Vaccination report Assam 1874-1896 - 1874-1896
Year: 1874
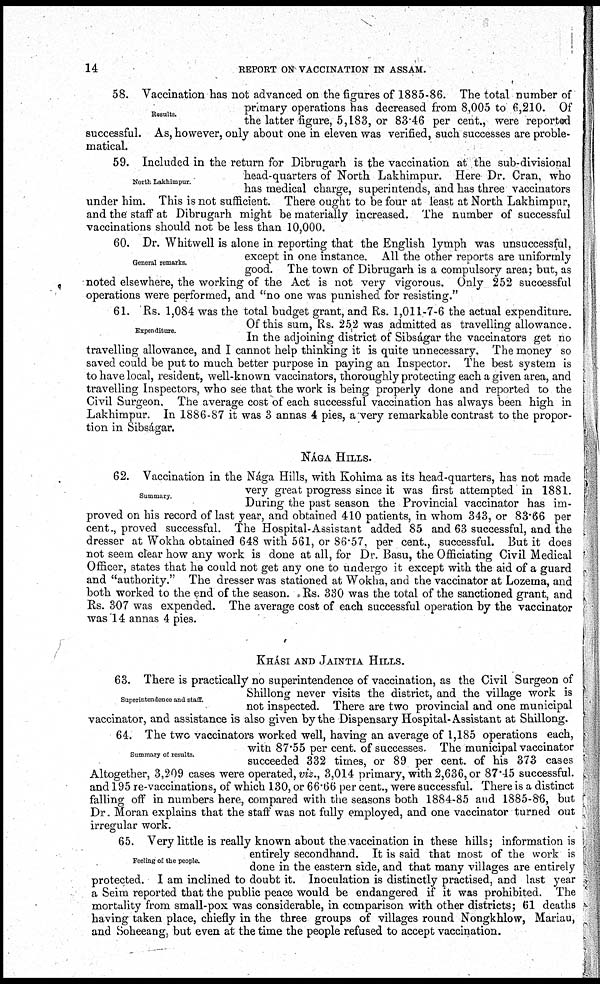
14
REPORT ON VACCINATION IN ASSAM.
Results.
58. Vaccination has not advanced on the figures of 1885-86. The total number of
primary operations has decreased from 8,005 to 6,210. Of
the latter figure, 5,183, or 83.46 per cent., were reported
successful. As, however, only about one in eleven was verified, such successes are proble-
matical.
North Lakhimpur.
59. Included in the return for Dibrugarh is the vaccination at the sub-divisional
head-quarters of North Lakhimpur. Here Dr. Cran, who
has medical charge, superintends, and has three vaccinators
under him. This is not sufficient. There ought to be four at least at North Lakhimpur,
and the staff at Dibrugarh might be materially increased. The number of successful
vaccinations should not be less than 10,000.
General remarks.
60. Dr. Whitwell is alone in reporting that the English lymph was unsuccessful,
except in one instance. All the other reports are uniformly
good. The town of Dibrugarh is a compulsory area; but, as
noted elsewhere, the working of the Act is not very vigorous. Only 252 successful
operations were performed, and "no one was punished for resisting."
Expenditure.
61. Rs. 1,084 was the total budget grant, and Rs. 1,011-7-6 the actual expenditure.
Of this sum, Rs. 252 was admitted as travelling allowance.
In the adjoining district of Sibságar the vaccinators get no
travelling allowance, and I cannot help thinking it is quite unnecessary. The money so
saved could be put to much better purpose in paying an Inspector. The best system is
to have local, resident, well-known vaccinators, thoroughly protecting each a given area, and
travelling Inspectors, who see that the work is being properly done and reported to the
Civil Surgeon, The average cost of each successful vaccination has always been high in
Lakhimpur. In 1886-87 it was 3 annas 4 pies, a very remarkable contrast to the propor-
tion in Sibságar.
NÁGA HILLS.
Summary.
62. Vaccination in the Nága Hills, with Kohima as its head-quarters, has not made
very great progress since it was first attempted in 1881.
During the past season the Provincial vaccinator has im-
proved on his record of last year, and obtained 410 patients, in whom 343, or 83.66 per
cent., proved successful. The Hospital-Assistant added 85 and 63 successful, and the
dresser at Wokha obtained 648 with 561, or 86.57, per cent., successful. But it does
not seem clear how any work is done at all, for Dr. Basu, the Officiating Civil Medical
Officer, states that he could not get any one to undergo it except with the aid of a guard
and "authority." The dresser was stationed at Wokha, and the vaccinator at Lozema, and
both worked to the end of the season. Rs. 330 was the total of the sanctioned grant, and
Rs. 307 was expended. The average cost of each successful operation by the vaccinator
was 14 annas 4 pies.
KHÁSI AND JAINTIA HILLS.
Superintendence and staff.
63. There is practically no superintendence of vaccination, as the Civil Surgeon of
Shillong never visits the district, and the village work is
not inspected. There are two provincial and one municipal
vaccinator, and assistance is also given by the Dispensary Hospital-Assistant at Shillong.
Summary of results.
64. The two vaccinators worked well, having an average of 1,185 operations each,
with 87.55 per cent. of successes. The municipal vaccinator
succeeded 332 times, or 89 per cent. of his 373 cases
Altogether, 3,209 cases were operated, viz., 3,014 primary, with 2,636, or 87.45 successful.
and 195 re-vaccinations, of which 130, or 66.66 per cent., were successful. There is a distinct
falling off in numbers here, compared with the seasons both 1884-85 and 1885-86, but
Dr. Moran explains that the staff was not fully employed, and one vaccinator turned out
irregular work.
Feeling of the people.
65. Very little is really known about the vaccination in these hills; information is
entirely secondhand. It is said that most of the work is
done in the eastern side, and that many villages are entirely
protected. I am inclined to doubt it. Inoculation is distinctly practised, and last year
a Seim reported that the public peace would be endangered if it was prohibited. The
mortality from small-pox was considerable, in comparison with other districts; 61 deaths
having taken place, chiefly in the three groups of villages round Nongkhlow, Mariau,
and Soheeang, but even at the time the people refused to accept vaccination.